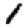
Digit: 1